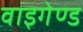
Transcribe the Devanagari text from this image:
वाइगेण्ड